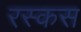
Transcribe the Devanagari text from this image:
रस्कस